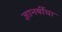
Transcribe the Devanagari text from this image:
ज्ञानर्षीचा